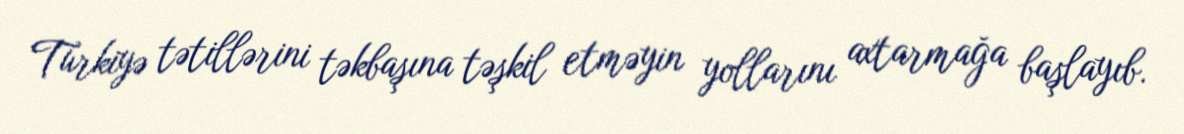
Türkiyə tətillərini təkbaşına təşkil etməyin yollarını axtarmağa başlayıb.